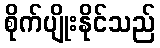
စိုက်ပျိုးနိုင်သည်